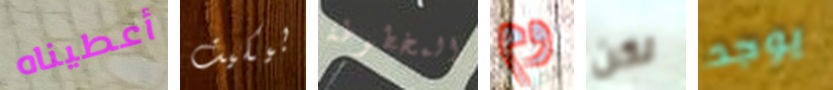
أعطيناه بيكيت المخطوطة وم لكن يوجد